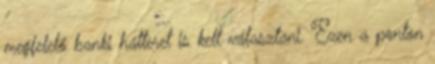
megfelelő banki hátteret is kell választani. Ezen a ponton